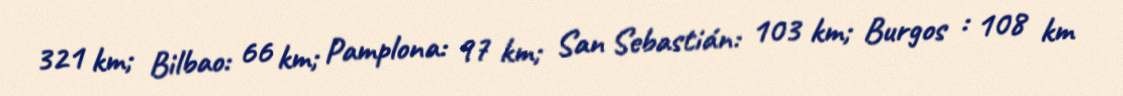
321 km; Bilbao: 66 km; Pamplona: 97 km; San Sebastián: 103 km; Burgos : 108 km